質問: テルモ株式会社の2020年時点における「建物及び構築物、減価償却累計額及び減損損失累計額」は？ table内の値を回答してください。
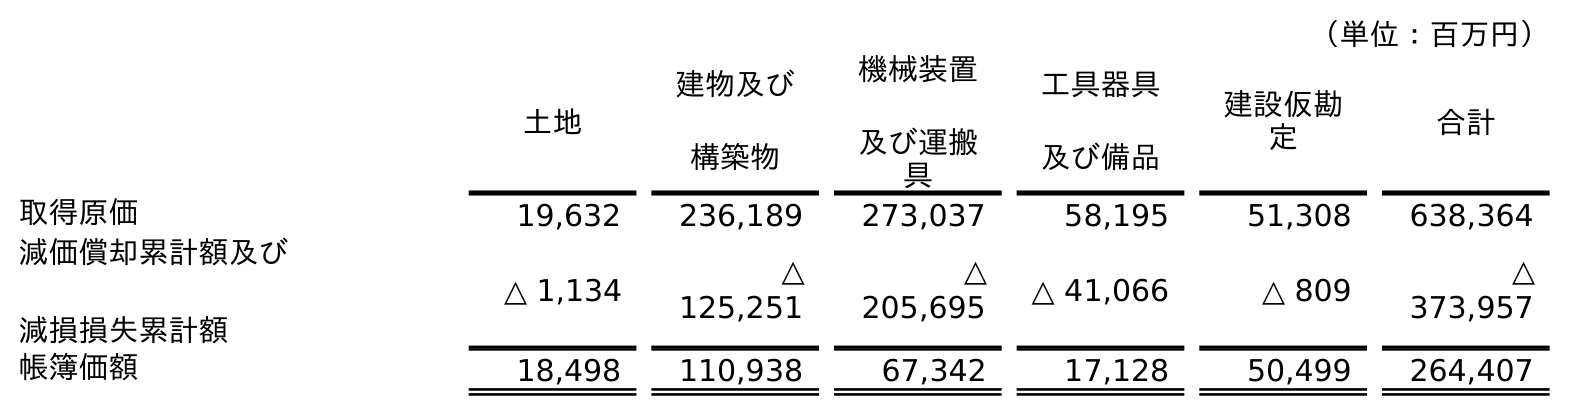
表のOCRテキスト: （単位：百万円） 土地 建物及び 構築物 機械装置 及び運搬 具 工具器具 及び備品 建設仮勘 定 合計 取得原価 19,632 236,189 273,037 58,195 51,308 638,364 減価償却累計額及び 減損損失累計額 △ 1,134 △ 125,251 △ 205,695 △ 41,066 △ 809 △ 373,957 帳簿価額 18,498 110,938 67,342 17,128 50,499 264,407
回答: △125,251